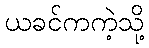
ယခင်ကကဲ့သို့